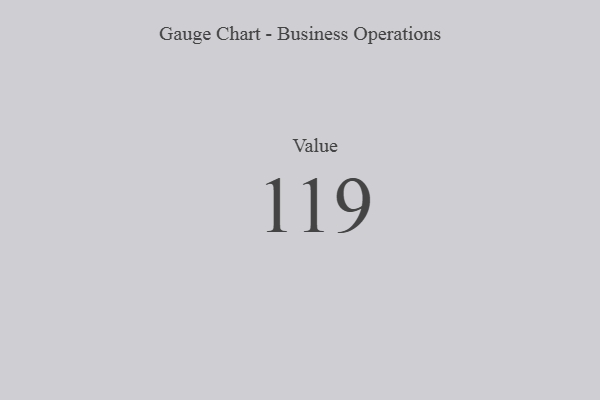
{"axis": {"x": "Metric", "y": "Value"}, "legend": [""], "data": [{"x": "Value", "y": 119, "type": ""}]}